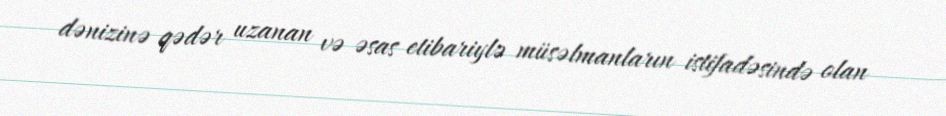
dənizinə qədər uzanan və əsas etibariylə müsəlmanların istifadəsində olan